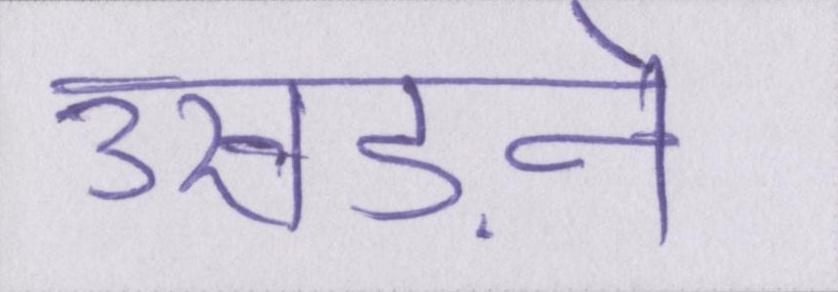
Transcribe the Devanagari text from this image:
उखड़ने